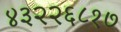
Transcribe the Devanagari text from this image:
४३२२६८१७